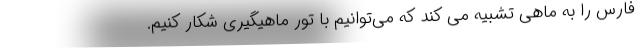
فارس را به ماهی تشبیه می کند که می‌توانیم با تور ماهیگیری شکار ‌کنیم.